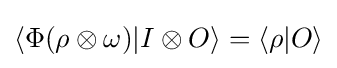
\langle \Phi (\rho \otimes \omega )|I\otimes O\rangle =\langle \rho |O\rangle